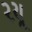
રયૂ